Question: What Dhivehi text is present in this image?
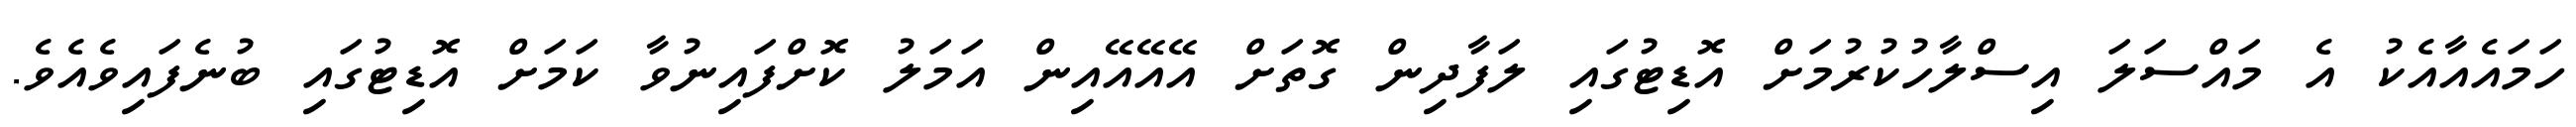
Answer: ހަމައެއާއެކު އެ މައްސަލަ އިސްލާހުކުރުމަށް އޮޑިޓުގައި ލަފާދިން ގޮތަށް އޭއޭއޭއިން އަމަލު ކޮށްފައިނުވާ ކަމަށް އޮޑިޓުގައި ބުނެފައިވެއެވެ.